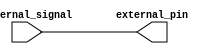
module open_drain_buffer (
    input wire internal_signal,
    output reg external_pin
);

always @* begin
    external_pin = internal_signal;
end

endmodule